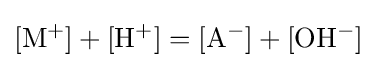
\mathrm {[M^{+}]+[H^{+}]=[A^{-}]+[OH^{-}]}